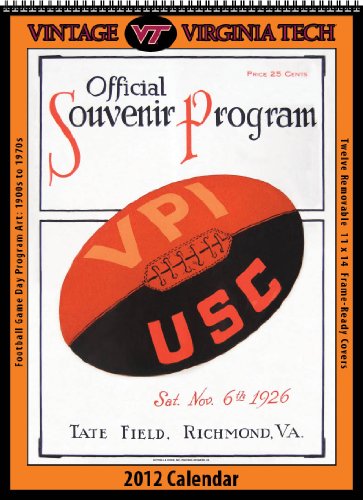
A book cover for Virginia Tech Hokies 2012 Vintage Football Calendar; Asgard Press; Calendars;